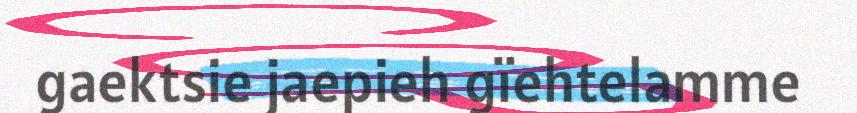
gaektsie jaepieh gïehtelamme